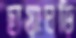
ছায়াঘড়ি